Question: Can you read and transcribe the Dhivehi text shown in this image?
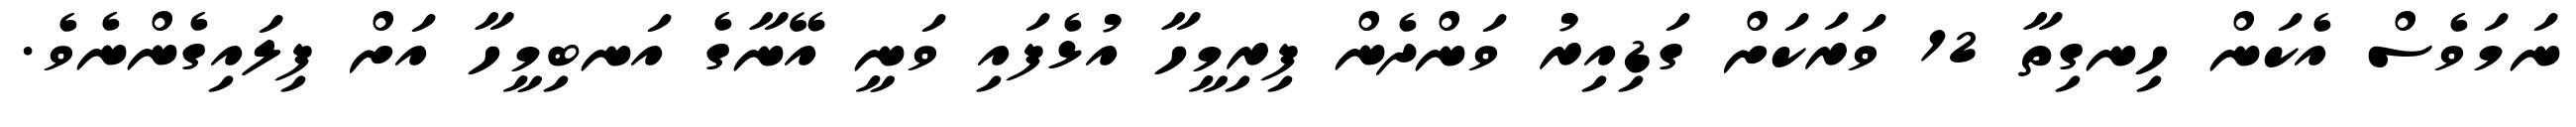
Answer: ނަމަވެސް އެކަން ހިނގިތާ 12 ވަރަކަށް ގަޑިއިރު ވަންދެން ފިރިމީހާ އުޅެފައި ވަނީ އޭނާގެ އަނބިމީހާ އަށް ފިލައިގެންނެވެ.